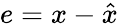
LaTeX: e=x-{\hat{x}}